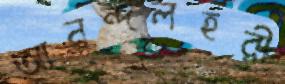
আনন্দলহরী